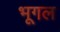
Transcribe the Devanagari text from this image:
भूगल